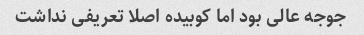
جوجه عالی بود اما کوبیده اصلا تعریفی نداشت